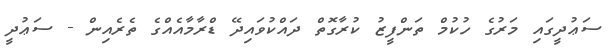
ސަޢުދީގައި މަރުގެ ހުކުމް ތަންފީޒު ކުރާގޮތް ދައްކުވައިދޭ ޑްރާމާއެއްގެ ތެރެއިން - ސަޢުދީ